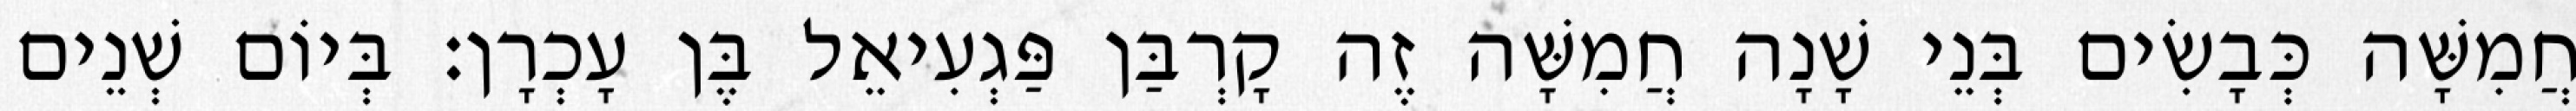
חֲמִשָּׁה כְּבָשִׂים בְּנֵי שָׁנָה חֲמִשָּׁה זֶה קָרְבַּן פַּגְעִיאֵל בֶּן עָכְרָן׃ בְּיוֹם שְׁנֵים